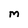
Character: M